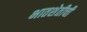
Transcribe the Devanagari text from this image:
भातशेतीची